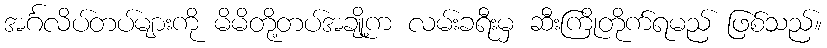
အင်္ဂလိပ်တပ်များကို မိမိတို့တပ်အချို့က လမ်းခရီးမှ ဆီးကြိုတိုက်ရမည် ဖြစ်သည်။